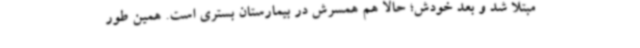
مبتلا شد و بعد خودش؛ حالا هم همسرش در بیمارستان بستری است. همین طور